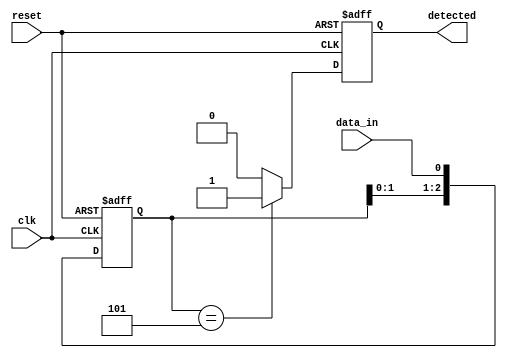
module pattern_detector (
    input wire clk,          // Clock signal
    input wire reset,        // Reset signal
    input wire data_in,      // Input data stream
    output reg detected      // Output signal indicating pattern detection
);

    // Parameters
    parameter PATTERN_LENGTH = 3; // Length of the pattern to detect
    parameter PATTERN = 3'b101;    // Pattern to detect (e.g., "101")

    // State register (shift register)
    reg [PATTERN_LENGTH-1:0] state;

    // Sequential logic for state transition
    always @(posedge clk or posedge reset) begin
        if (reset) begin
            // Initialize state to zero on reset
            state <= 0;
            detected <= 0;
        end else begin
            // Shift the current state and load new input
            state <= {state[PATTERN_LENGTH-2:0], data_in};

            // Check for pattern match
            if (state == PATTERN) begin
                detected <= 1; // Pattern detected
            end else begin
                detected <= 0; // No pattern detected
            end
        end
    end

endmodule